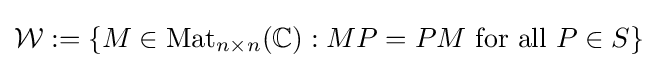
{\mathcal {W}}:=\{M\in \mathrm {Mat} _{n\times n}(\mathbb {C} ):MP=PM{\text{ for all }}P\in S\}